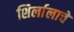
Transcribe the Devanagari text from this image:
शिर्लालाचे